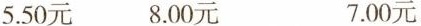
5.50元 8.00元 7.00元